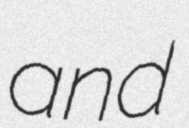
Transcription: and